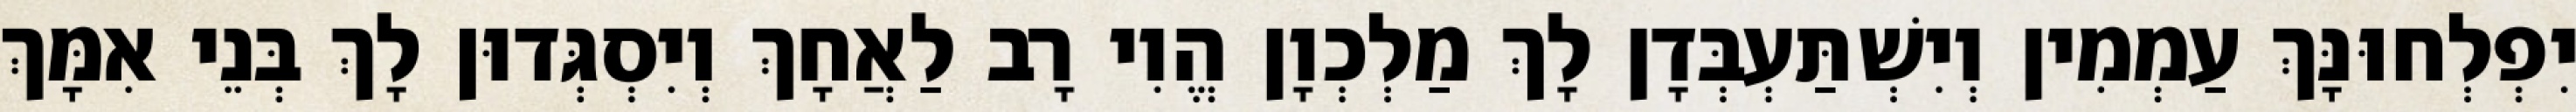
יִפְלְחוּנָּךְ עַמְמִין וְיִשְׁתַּעְבְּדָן לָךְ מַלְכְוָן הֱוִי רָב לַאֲחָךְ וְיִסְגְּדוּן לָךְ בְּנֵי אִמָּךְ